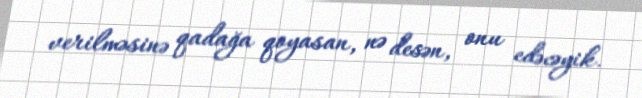
verilməsinə qadağa qoyasan, nə desən, onu edəcəyik.